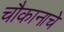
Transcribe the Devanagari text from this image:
चौकानाचे